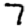
Digit: 7